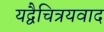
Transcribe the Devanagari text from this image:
यद्वैचित्रयवाद